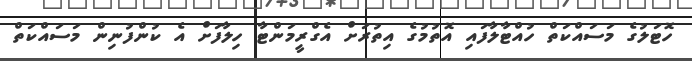
ހޮޓަލުގެ މަސައްކަތް ހުއްޓާލާފައި އޮތުމުގެ އިތުރަށް އެގްރީމަންޓާ ހިލާފަށް އެ ކުންފުނިން މަސައްކަތް